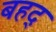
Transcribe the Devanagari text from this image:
बहद्